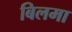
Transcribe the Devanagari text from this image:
बिलमा